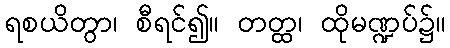
ရစယိတွာ၊ စီရင်၍။ တတ္ထ၊ ထိုမဏ္ဍပ်၌။